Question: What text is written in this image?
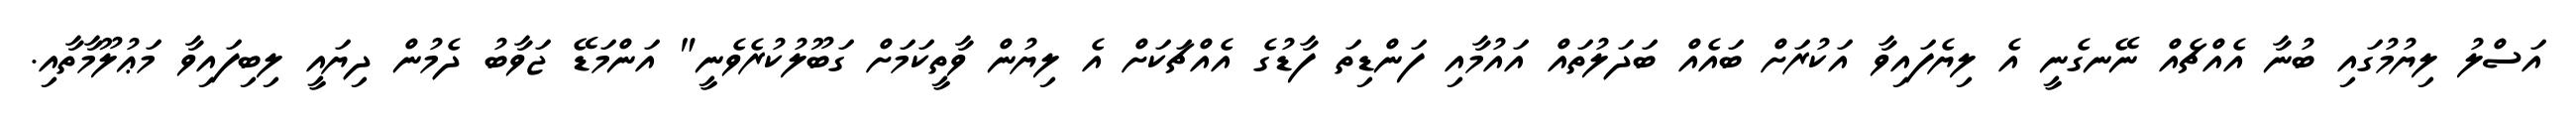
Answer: އަސްލު ލިޔުމުގައި ބުނާ އެއްޗެއް ނޭނގެނީ އެ ލިޔެފައިވާ އަކުރަށް ބައެއް ބަދަލުތައް އައުމާއި ފަންޑިތަ ފާޑުގެ އެއްޗަކަށް އެ ލިޔުން ވާތީކަމަށް ގަބޫލުކުރެވެނީ" އަންމަޑޭ ޖަވާބު ދެމުން ދިޔައީ ލިބިފައިވާ މަޢުލޫމާތާއި.